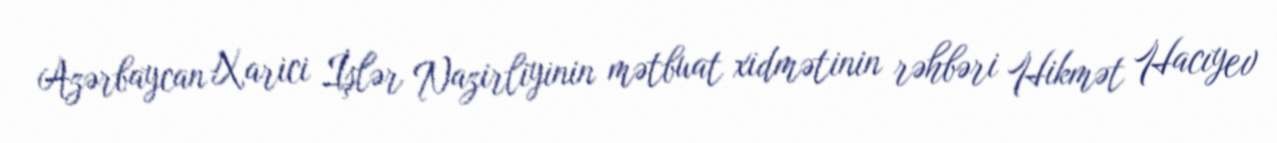
Azərbaycan Xarici İşlər Nazirliyinin mətbuat xidmətinin rəhbəri Hikmət Hacıyev